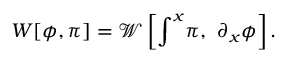
W [ \phi , \pi ] = \mathcal { W } \left[ \int ^ { x } \! \pi , ~ \partial _ { x } \phi \right] .